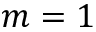
m = 1